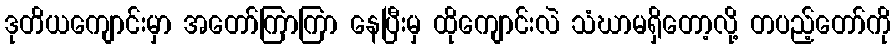
ဒုတိယကျောင်းမှာ အတော်ကြာကြာ နေပြီးမှ ထိုကျောင်းလဲ သံဃာမရှိတော့လို့ တပည့်တော်ကို